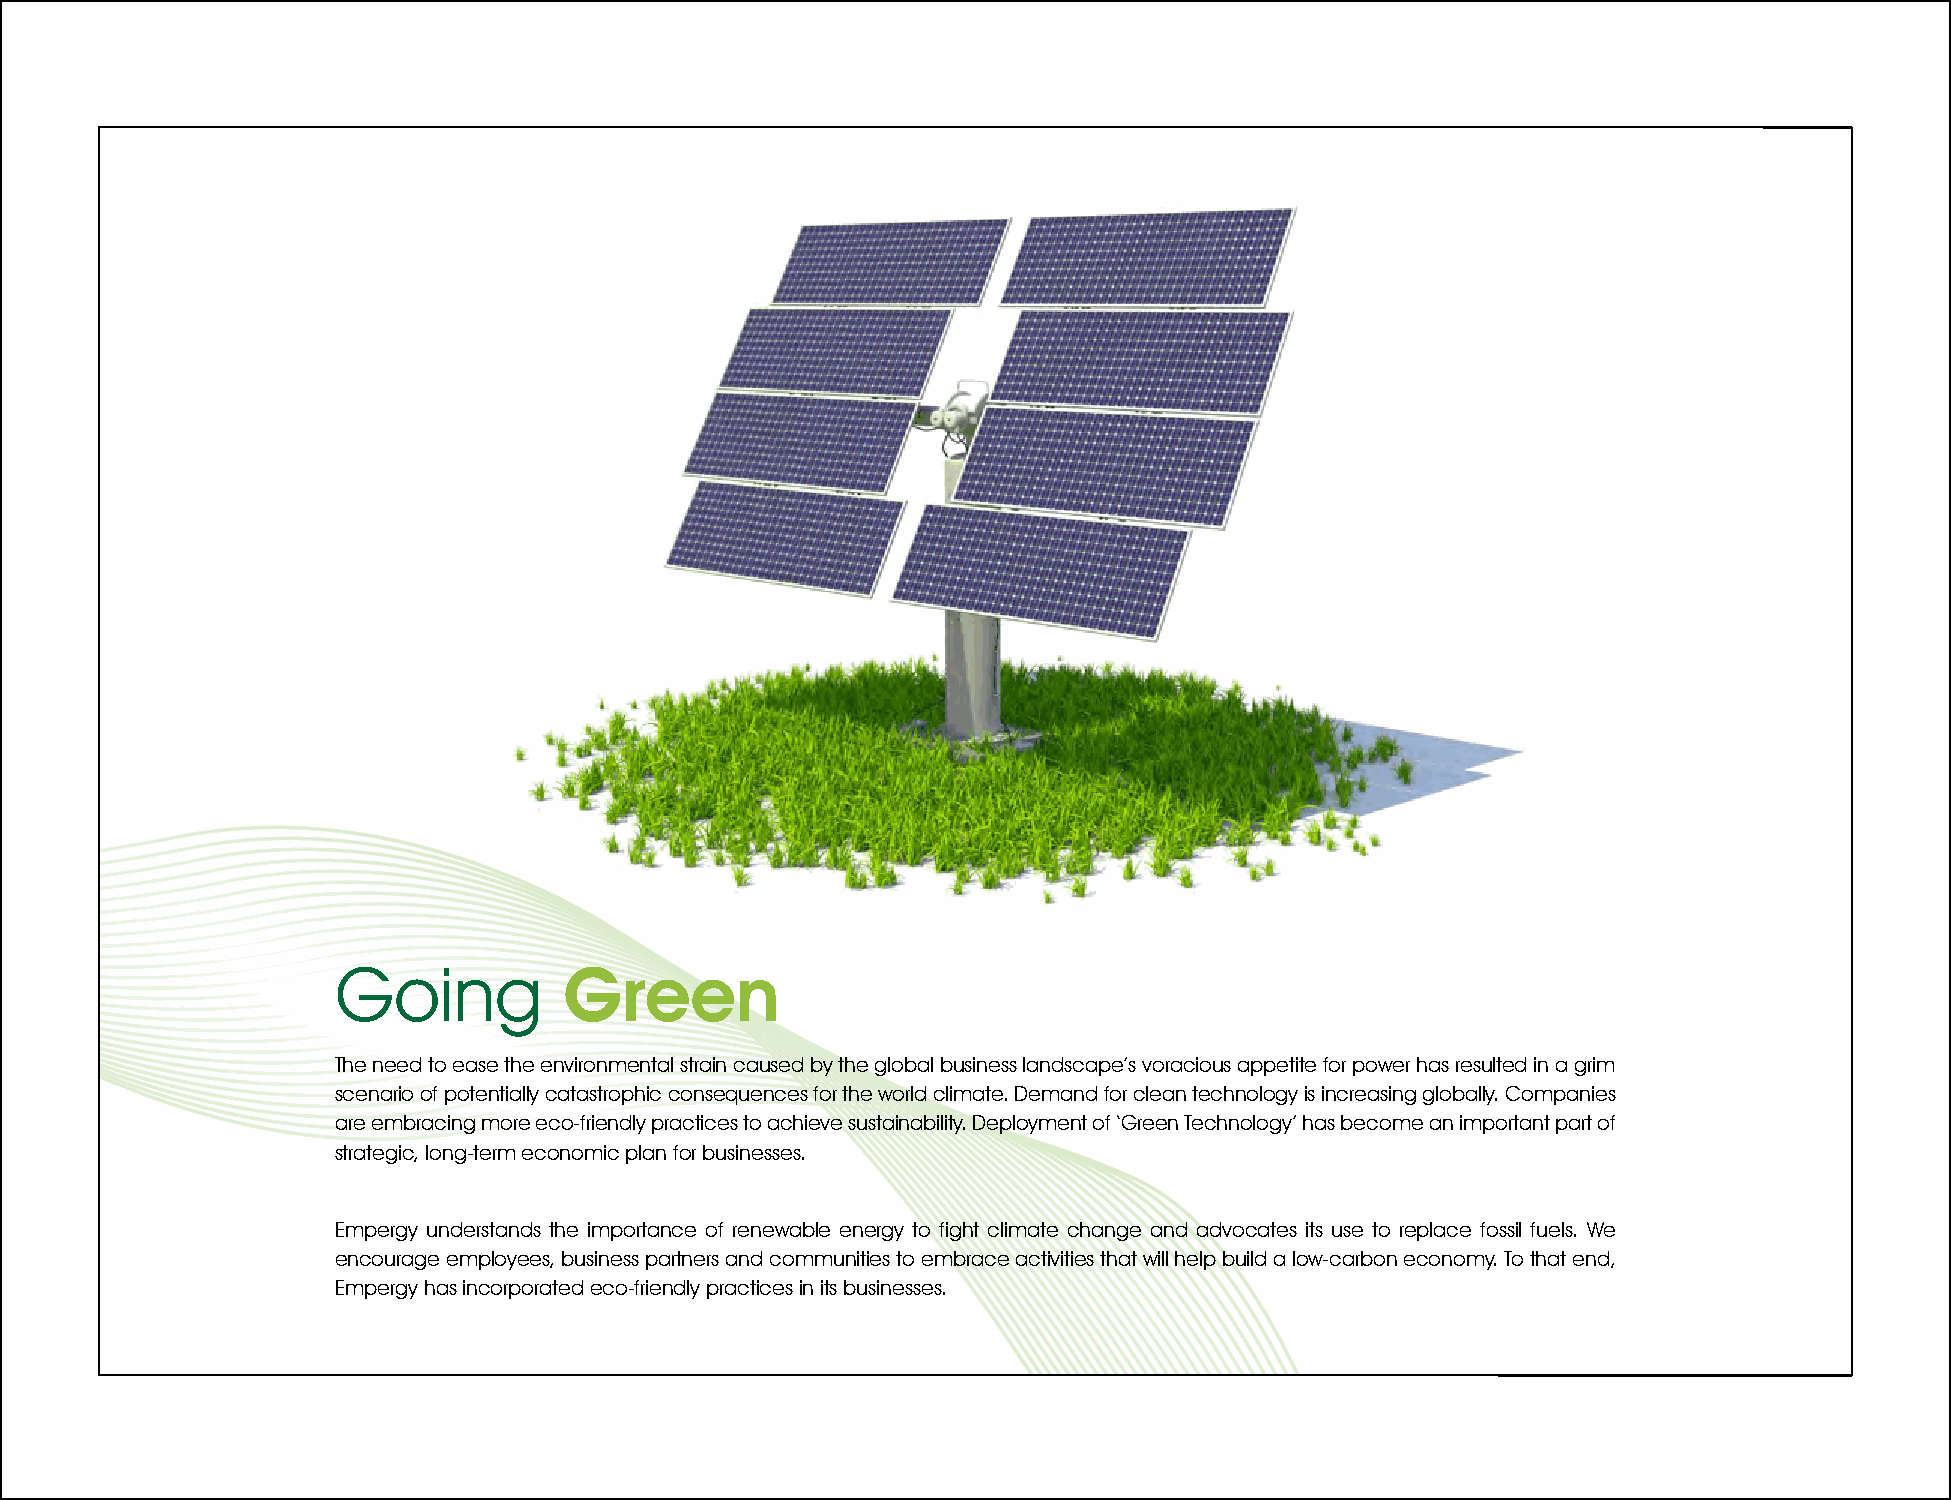
Going          Green
 The need to ease the environmental strain caused by the global business landscape’s voracious appetite for power has resulted in a grim
 scenario of potentially catastrophic consequences for the world climate. Demand for clean technology is increasing globally. Companies
 are embracing more eco-friendly practices to achieve sustainability. Deployment of ‘Green Technology’ has become an important part of
 strategic, long-term economic plan for businesses.
 Empergy understands the importance of renewable energy to fight climate change and advocates its use to replace fossil fuels. We
 encourage employees, business partners and communities to embrace activities that will help build a low-carbon economy. To that end,
 Empergy has incorporated eco-friendly practices in its businesses.